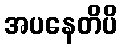
အပနေတိပိ